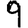
Digit: 9